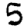
Digit: 5